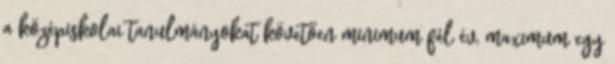
a középiskolai tanulmányokat követően minimum fél év, maximum egy